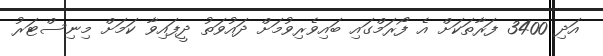
އަދި 3400 ފަރާތަކަށް އެ ފޯރަމްގައި ބައިވެރިވުމަށް ދައުވަތު ދީފައިވާ ކަމަށް މިނިސްޓަރު